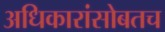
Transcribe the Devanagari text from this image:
अधिकारांसोबतच